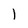
Character: l